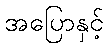
အပြောနှင့်